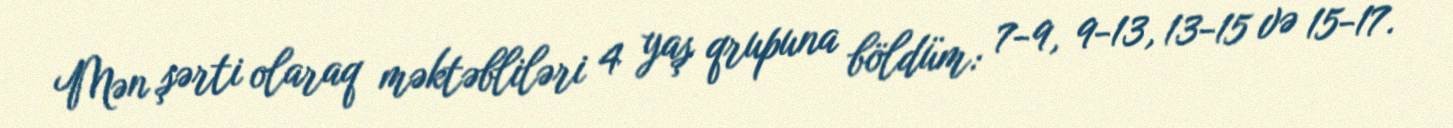
Mən şərti olaraq məktəbliləri 4 yaş qrupuna böldüm: 7-9, 9-13, 13-15 və 15-17.